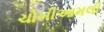
ચોખીઆમલી